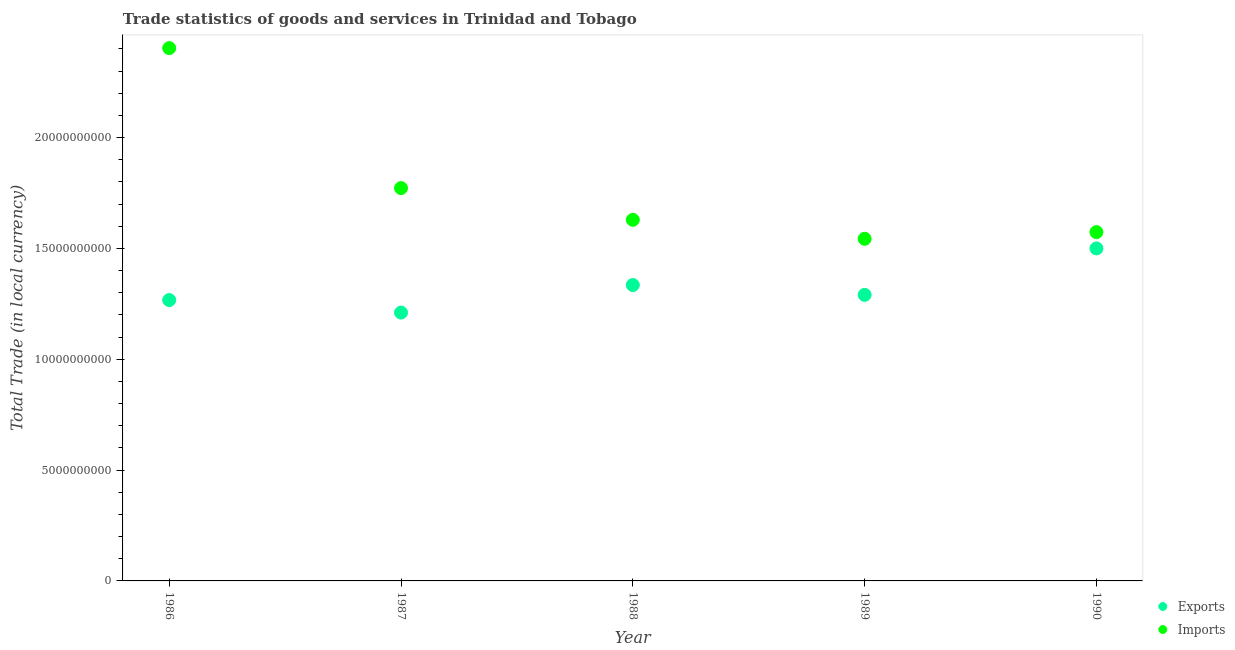
| Year | Exports | Imports |
 | --- | --- | --- |
 | 1986 | 1.27e+10 | 2.4e+10 |
 | 1987 | 1.21e+10 | 1.77e+10 |
 | 1988 | 1.33e+10 | 1.63e+10 |
 | 1989 | 1.29e+10 | 1.54e+10 |
 | 1990 | 1.5e+10 | 1.57e+10 |